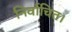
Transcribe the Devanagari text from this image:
निर्वाचित।